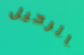
الرحيل